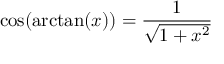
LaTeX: \cos ( \arctan ( x ) ) = { \frac { 1 } { \sqrt { 1 + x ^ { 2 } } } }